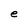
Character: e